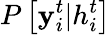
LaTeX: P\left[\mathbf{y}_{i}^{t}|h_{i}^{t}\right]